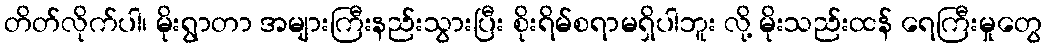
တိတ်လိုက်ပါ၊ မိုးရွာတာ အများကြီးနည်းသွားပြီး စိုးရိမ်စရာမရှိပါဘူး လို့ မိုးသည်းထန် ရေကြီးမှုတွေ